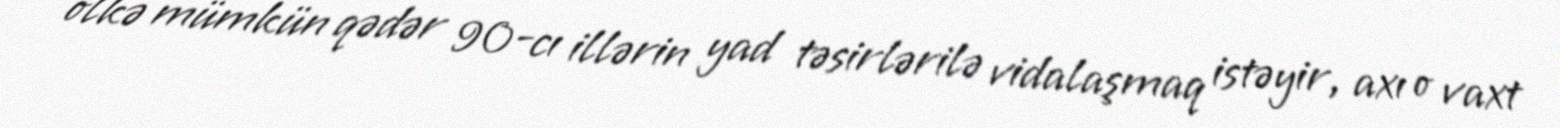
ölkə mümkün qədər 90-cı illərin yad təsirlərilə vidalaşmaq istəyir, axı o vaxt